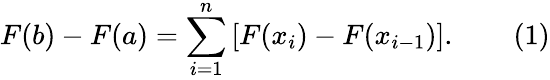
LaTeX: F(b)-F(a)=\sum_{i=1}^{n}\, [F(x_{i})-F(x_{i-1})].\qquad(1)